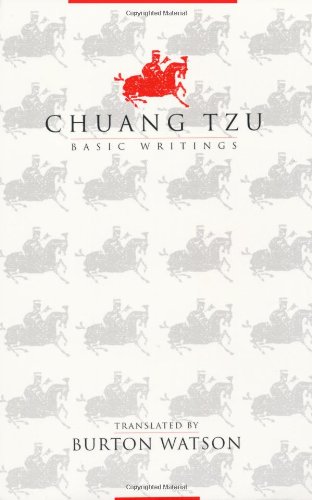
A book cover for Chuang Tzu: Basic Writings; Literature & Fiction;